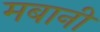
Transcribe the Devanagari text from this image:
मबानी